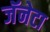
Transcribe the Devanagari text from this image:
जॅनेटा